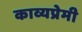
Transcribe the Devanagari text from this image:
काव्यप्रेमी